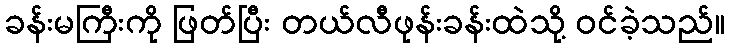
ခန်းမကြီးကို ဖြတ်ပြီး တယ်လီဖုန်းခန်းထဲသို့ ဝင်ခဲ့သည်။